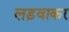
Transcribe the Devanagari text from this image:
लड़वाकर